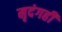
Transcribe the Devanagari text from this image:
मृदंगही